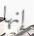
إنها